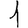
Digit: 1